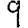
Digit: 9